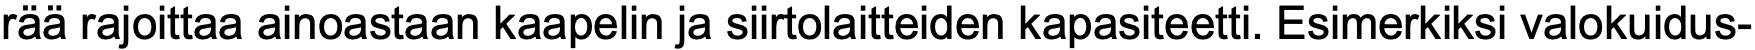
rää rajoittaa ainoastaan kaapelin ja siirtolaitteiden kapasiteetti. Esimerkiksi valokuidus-